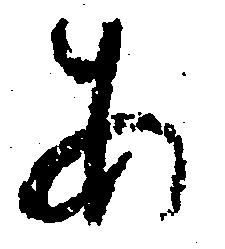
あ